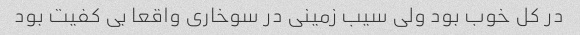
در کل خوب بود ولی سیب زمینی در سوخاری واقعا بی کفیت بود